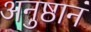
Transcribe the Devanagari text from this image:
अनुष्ठानं